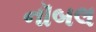
નૉબલ